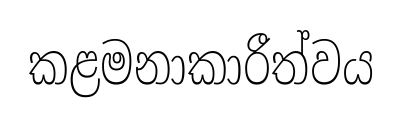
කළමනාකාරීත්වය